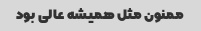
ممنون مثل همیشه عالی بود